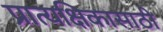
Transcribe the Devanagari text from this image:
प्रात्यक्षिकासाठी